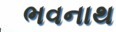
ભવનાથ